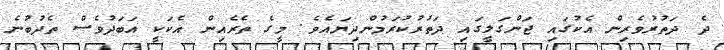
ދެ ދަތުރުވެރިން އެކުގައި ޖަންގަލީގައި ދަތުރުކުރަމުންދިޔައެވެ. މީގެ ތެރެއިން އެކަކީ އަބަދުވެސް ތެދުބުނެ